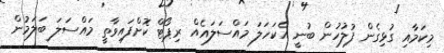
މިކަމާއި ގުޅިގެން ފުލުހުން ބުނީ އެކަހަލަ މައްސަލައެއް ރިޕޯޓް ކޮށްފައިވާތީ މައްސަލަ ބަލަމުން